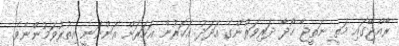
ރާއްޖޭގައި މަތީ ނަތީޖާ ހޯދާ ދަރިވަރުންގެ އަދަދު އަހަރުން އަހަރަށް އަންނަނީ އިތުރުވަމުންނެވެ.